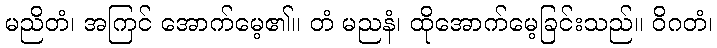
မညိတံ၊ အကြင် အောက်မေ့၏။ တံ မညနံ၊ ထိုအောက်မေ့ခြင်းသည်။ ဝိဂတံ၊